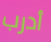
أدرب